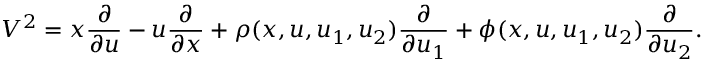
V ^ { 2 } = x { \frac { \partial } { \partial u } } - u { \frac { \partial } { \partial x } } + \rho ( x , u , u _ { 1 } , u _ { 2 } ) { \frac { \partial } { \partial u _ { 1 } } } + \phi ( x , u , u _ { 1 } , u _ { 2 } ) { \frac { \partial } { \partial u _ { 2 } } } .